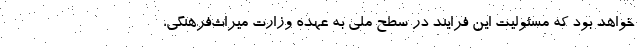
خواهد بود که مسئولیت این فرایند در سطح ملی به عهده وزارت میراث‌فرهنگی،